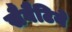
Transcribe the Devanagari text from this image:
सैवैटिये